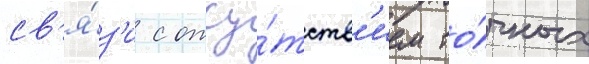
св'я́з'и с отсу́тств'ием то́чных